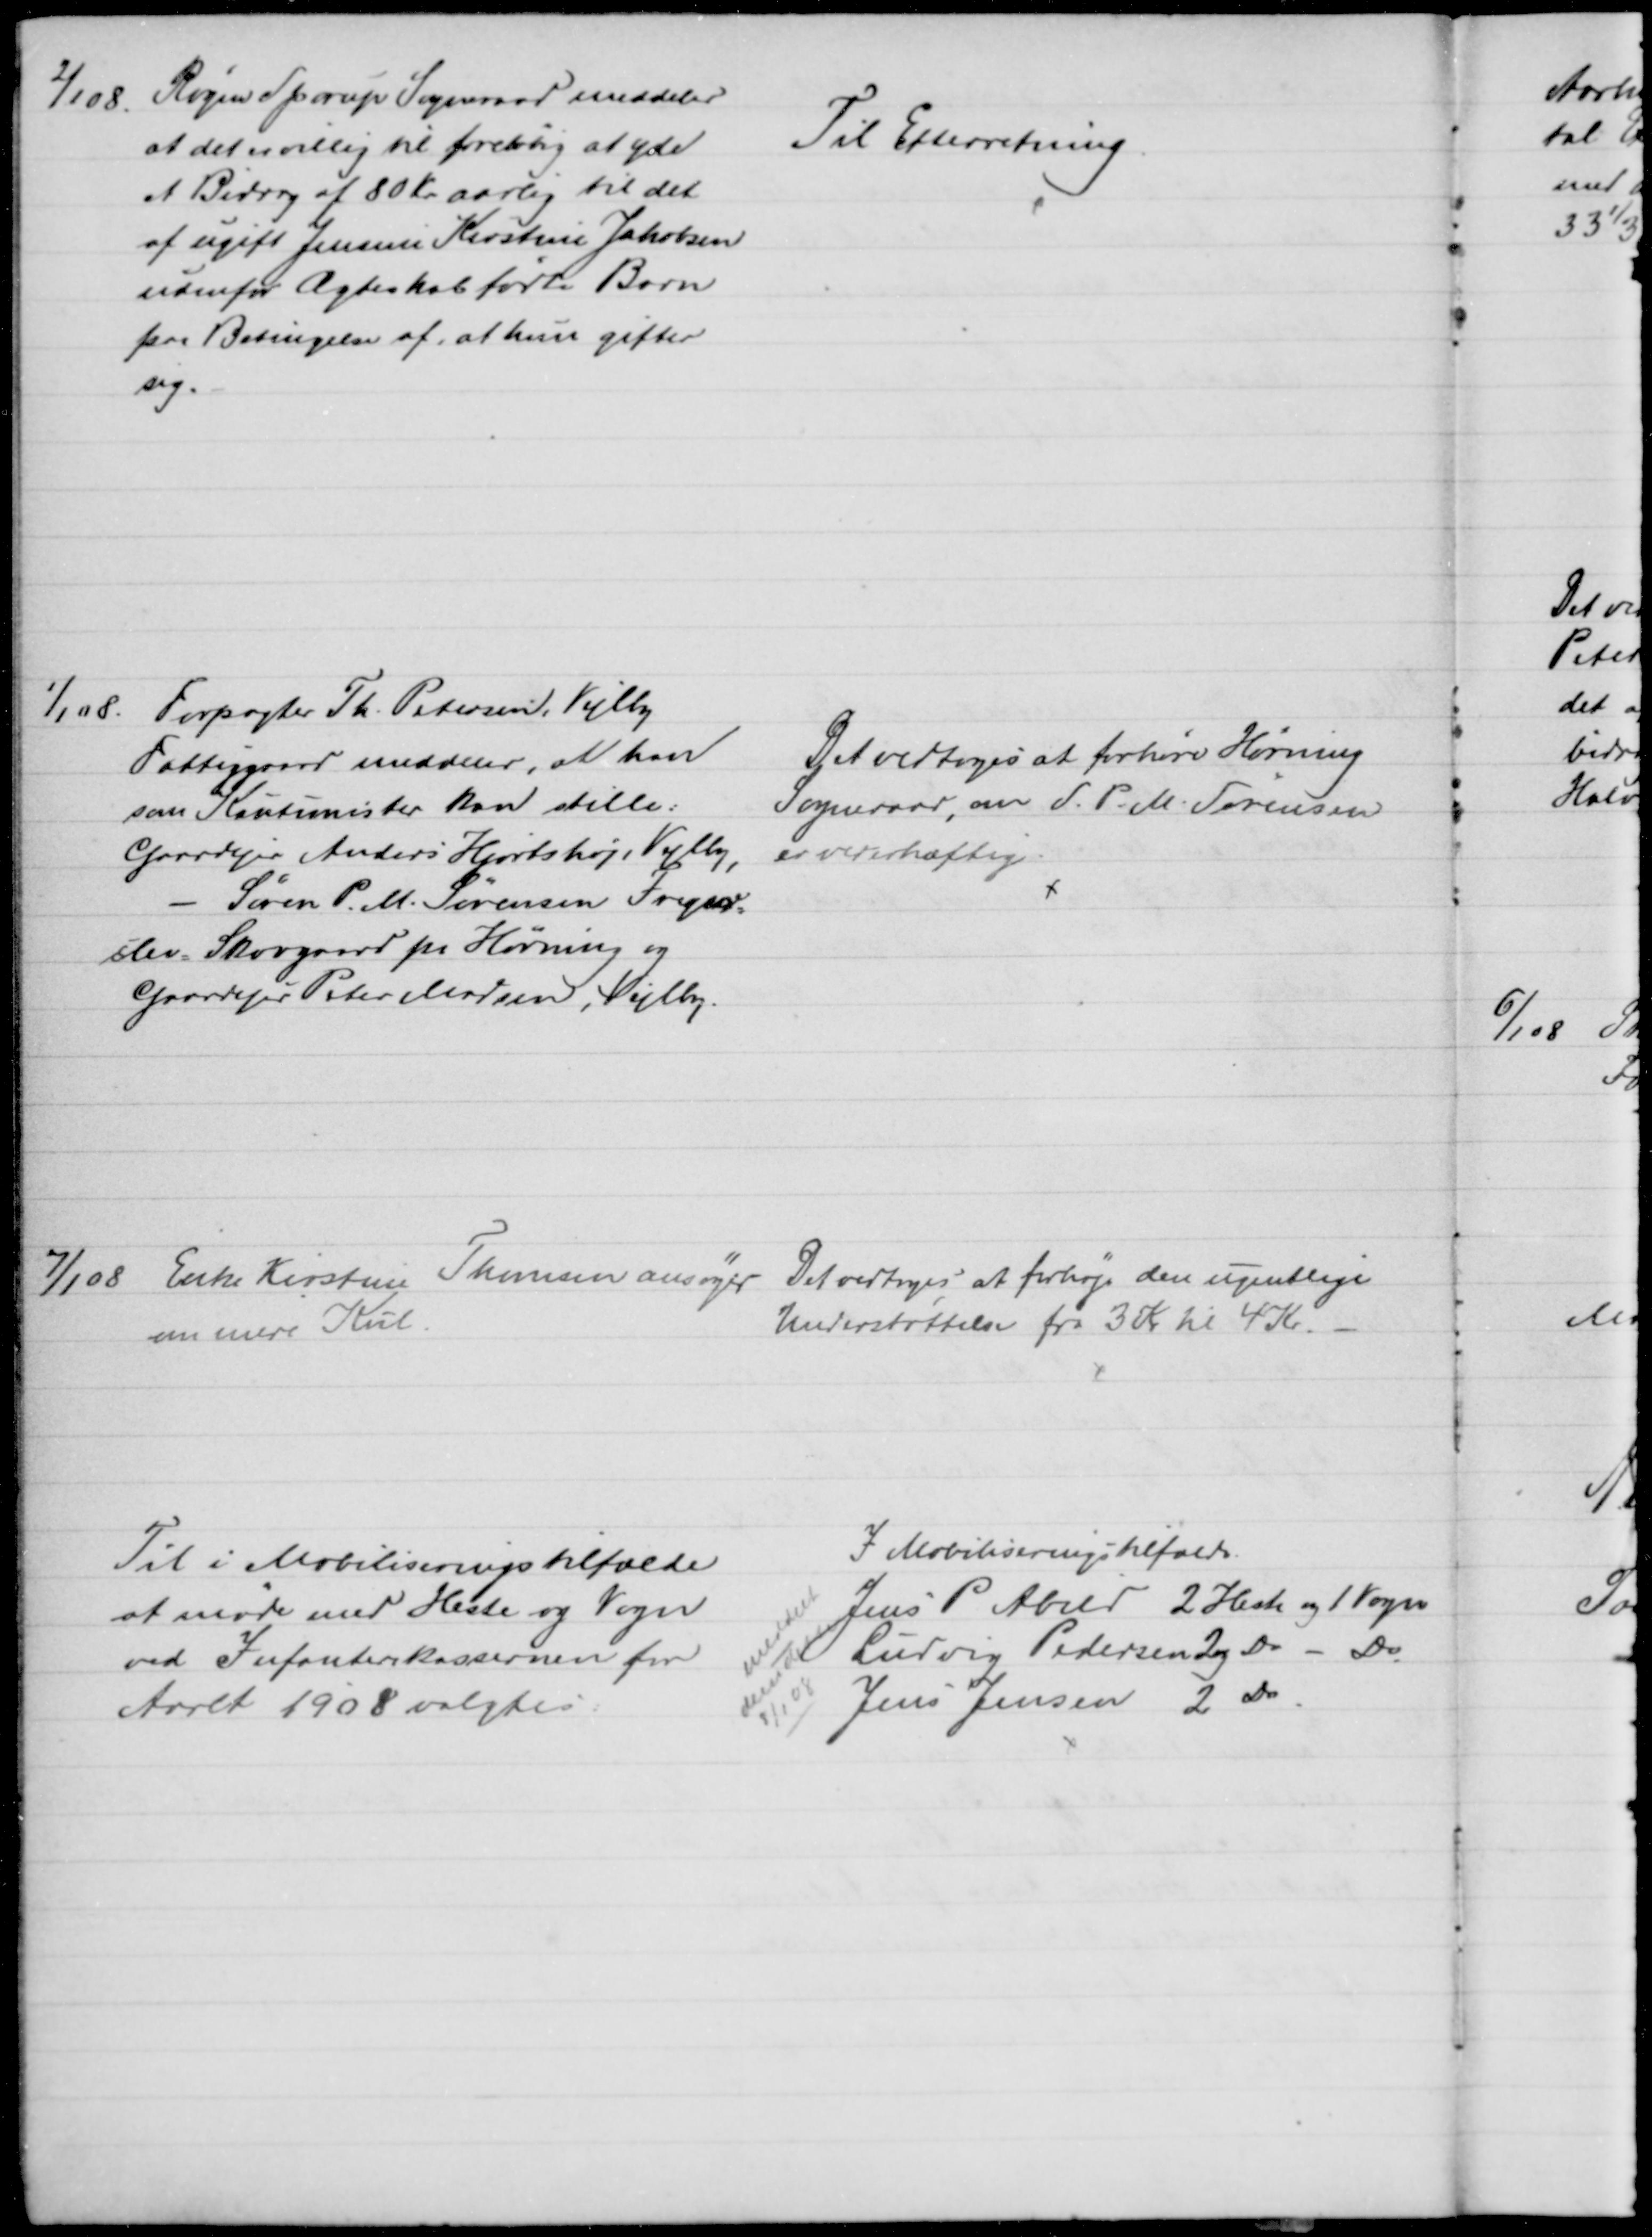
Transskription:
2/1 08.
Røgen Sporup Sogneraad meddeler
at det er villig til foreløbig at yde
et Bidrag af 80 Kr aarlig til det
af ugift Jensine Kirstine Jakobsen
udenfor Ægteskab fødte Barn
paa Betingelse af, at hun gifter
sig.
Til Efterretning
1/1 08. Forpagter Th. Petersen, Vejlby
Fattiggaard meddeler, at han
som Kautionister kan stille:
Gaardejer Anders Hjortshøj, Vejlby.
Søren P. M. Sørensen Freger=
slev = Skovgaard pr Hørning og
Gaardejer Peter Madsen, Vejlby.
Det vedtoges at forhøre Hørning
Sogneraad, om S. P. M. Sørensen
er vederhæftig
7/1 08 Enke Kirstine Thomsen ansøger 
om mere Kul
Det vedtoges at forhøje den ugentlige
Understøttelse fra 3 Kr til 4 Kr
Til i Mobiliseringstilfælde
at møde med Heste og Vogn
ved Infanterikassernen for
Aaret 1908 valgtes.
I Mobiliseringstilfælde.
Jens P Abild 2 Heste og 1 Vogn
Ludvig Pedersen 3 Do - Do.
Jens Jensen 2 Do
meddelt
dem dette
3/1 08